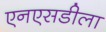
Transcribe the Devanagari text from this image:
एनएसडीला